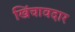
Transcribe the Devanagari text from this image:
खिंचावदार